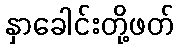
နှာခေါင်းတို့ဖတ်